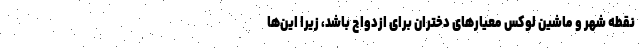
نقطه شهر و ماشین لوکس معیارهای دختران برای ازدواج باشد، زیرا این‌ها